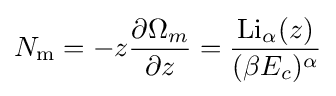
N_{\rm {m}}=-z{\frac {\partial \Omega _{m}}{\partial z}}={\frac {{\textrm {Li}}_{\alpha }(z)}{(\beta E_{c})^{\alpha }}}